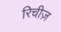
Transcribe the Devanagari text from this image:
रिचीज़